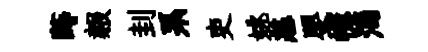
蒔赧刲系吏姚恙嬰幰渴